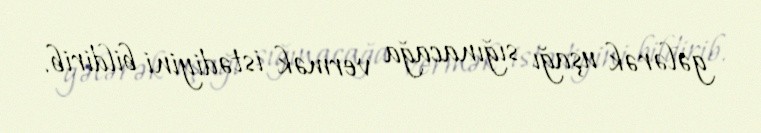
gələrək uşağı sığınacağa vermək istədiyini bildirib.